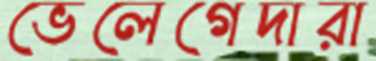
ভেলেগেদারা